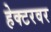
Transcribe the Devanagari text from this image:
हेक्टरवर